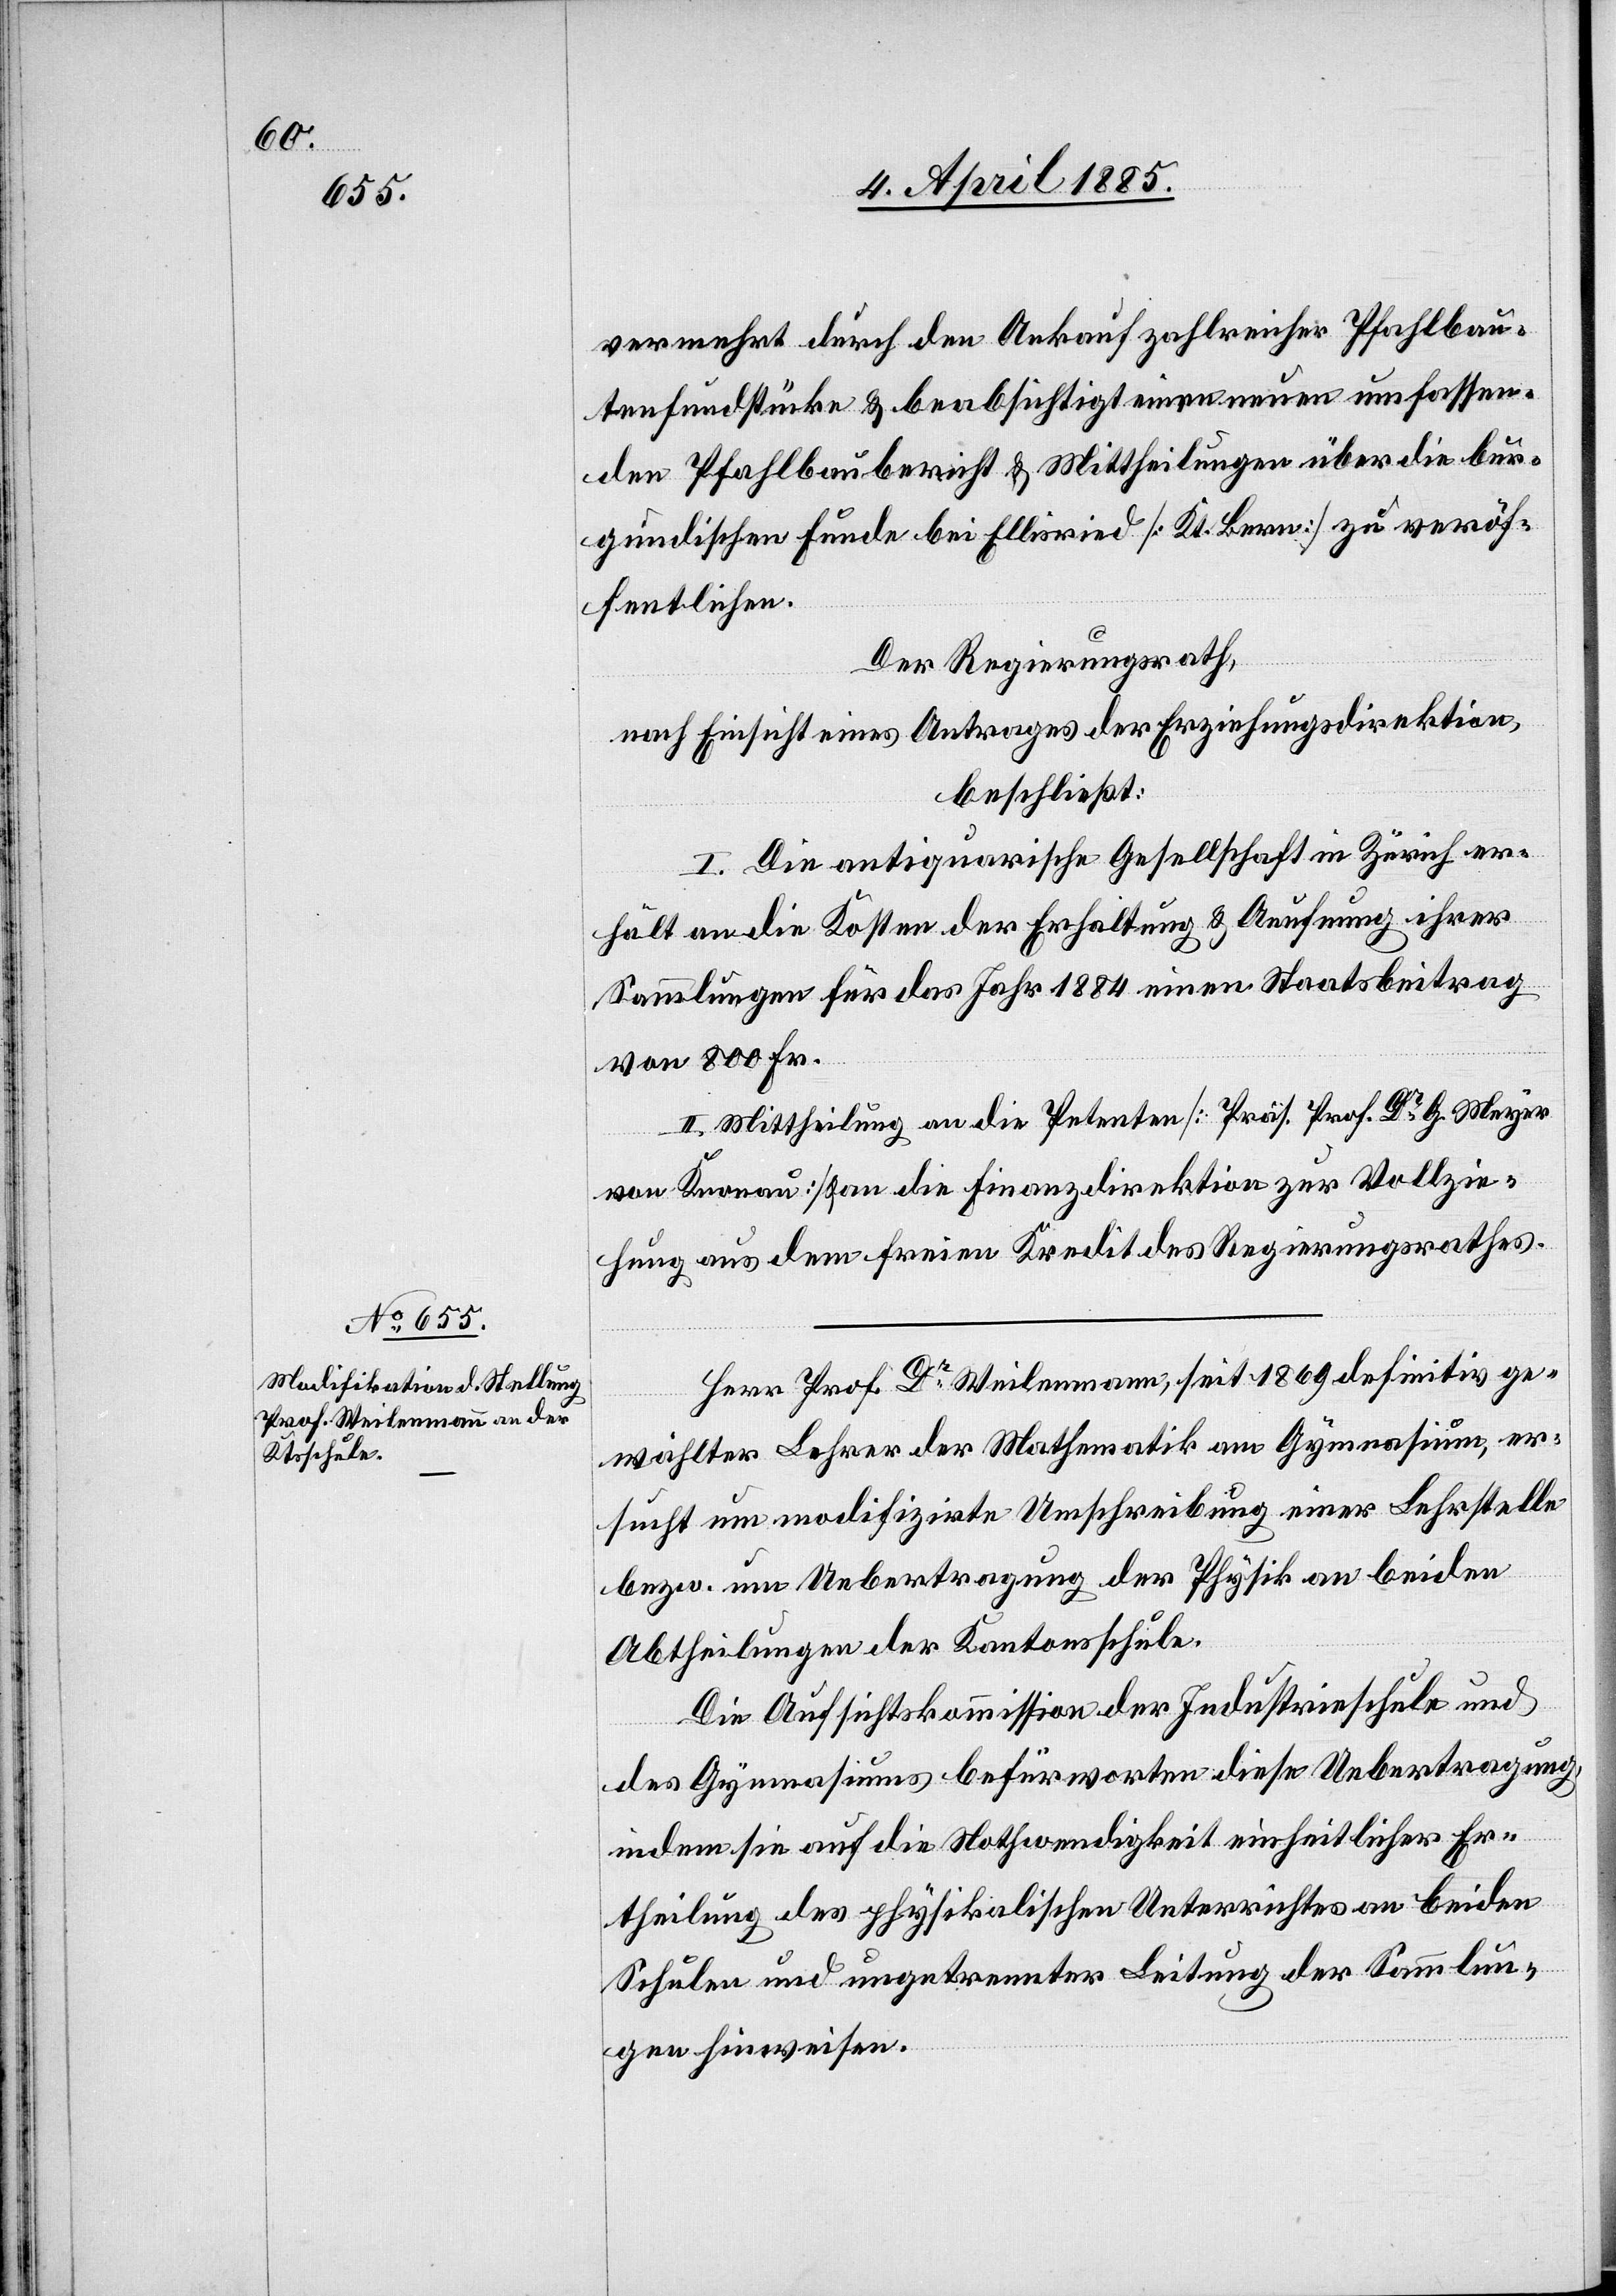
vermehrt durch den Ankauf zahlreicher Pfahlbau¬
tenfundstücke & beabsichtigt einen neuen umfassen¬
den Pfahlbaubericht & Mittheilung über die bur¬
gundischen Funde bei Ellisried [Kt. Bern] zu veröf¬
fentlichen.
Der Regierungsrath,
nach Einsicht eines Antrages der Erziehungsdirektion,
beschließt:
I. Die antiquarische Gesellschaft in Zürich er¬
hält an die Kosten der Erhaltung & Aeufnung ihrer
Sammlungen für das Jahr 1884 einen Staatsbeitrag
von 800 Fr.
II. Mittheilung an die Petenten [Präs. Prof. Dr G. Meyer
von Knonau] & an die Finanzdirektion zur Vollzie¬
hung aus dem freien Kredit des Regierungsrathes.
Herr Prof. Dr Weilenmann, seit 1869 definitiv ge¬
wählter Lehrer der Mathematik am Gymnasium, er¬
sucht um modifizirte Umschreibung einer Lehrstelle
bezw. um Uebertragung der Physik an beiden
Abtheilung der Kantonsschule.
Die Aufsichtskommission der Industrieschule und
des Gymnasiums befürworten diese Uebertragung,
indem sie auf die Nothwendigkeit einheitlicher Er¬
theilung des physikalischen Unterrichtes an beiden
Schulen und ungetrennter Leitung der Sammlun¬
gen hinweisen.